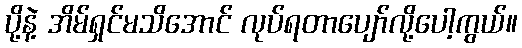
ပို့နဲ့ အိမ်ရှင်မသိအောင် လုပ်ရတာပျော်လို့ပေါ့ကွယ်။